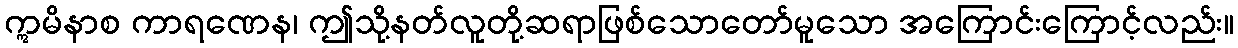
ဣမိနာစ ကာရဏေန၊ ဤသို့နတ်လူတို့ဆရာဖြစ်သောတော်မူသော အကြောင်းကြောင့်လည်း။